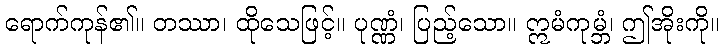
ရောက်ကုန်၏။ တဿာ၊ ထိုသေဖြင့်။ ပုဏ္ဏံ၊ ပြည့်သော။ ဣမံကုမ္ဘံ၊ ဤအိုးကို။